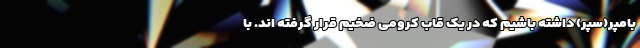
بامپر(سپر) داشته باشیم که در یک قاب کرومی ضخیم قرار گرفته اند. با